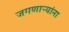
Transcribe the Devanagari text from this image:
जगणाऱ्यांना